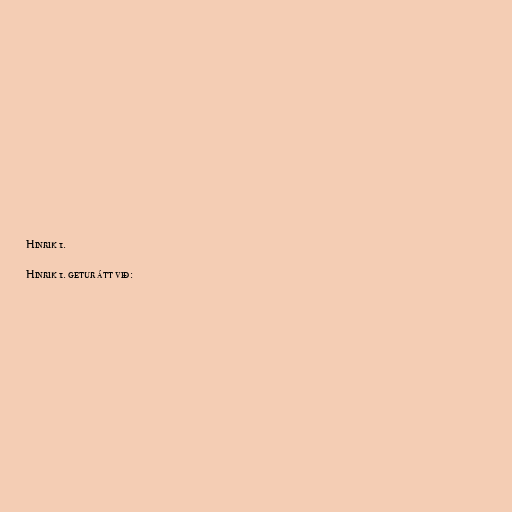
Hinrik 1.

Hinrik 1. getur átt við: